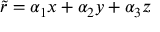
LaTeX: { \tilde { r } } = \alpha _ { 1 } x + \alpha _ { 2 } y + \alpha _ { 3 } z